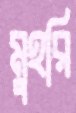
মুহরি